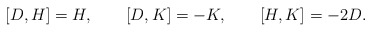
\begin{align*}[D,H] = H, \qquad [D,K] = -K, \qquad [H,K] = -2D.\end{align*}